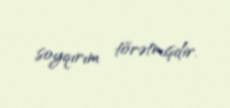
soyqırım törətmişdir.